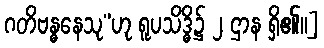
ဂတိဗန္ဓနေသု”ဟု ရူပသိဒ္ဓိ၌ ၂ ဌာန ရှိ၏။]